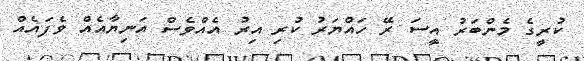
ކުރީގެ މެންބަރު އީސަ ރޭ ހައްޔަރު ކުރި އިރު އެއްވެސް އަނިޔާއެއް ވެފައެއް